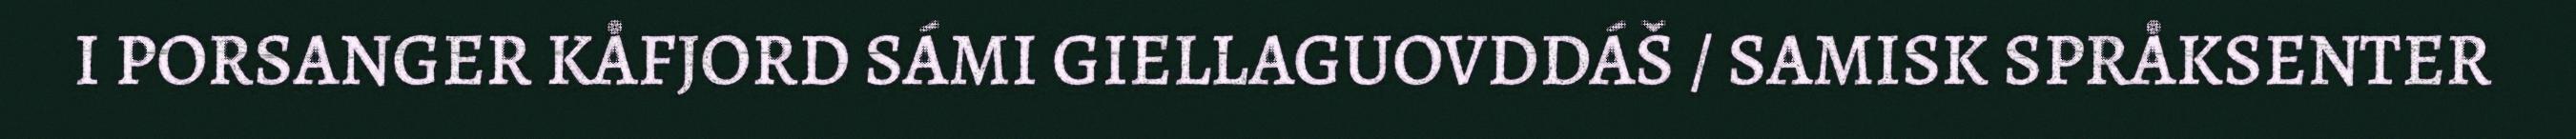
I PORSANGER KÅFJORD SÁMI GIELLAGUOVDDÁŠ / SAMISK SPRÅKSENTER